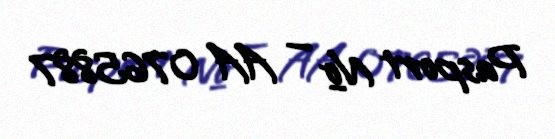
Pasport № — AA 0765887